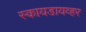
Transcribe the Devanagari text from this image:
स्कायडायव्हर